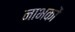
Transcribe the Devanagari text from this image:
नाभकों